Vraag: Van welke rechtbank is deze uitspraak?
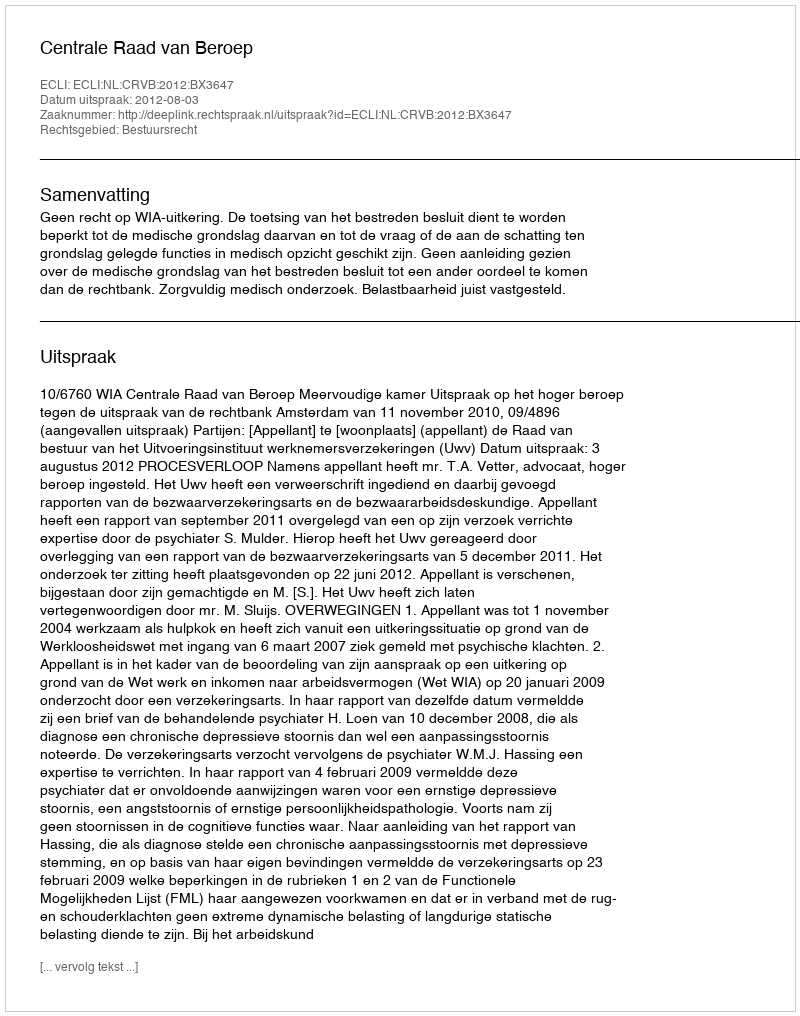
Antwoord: Centrale Raad van Beroep